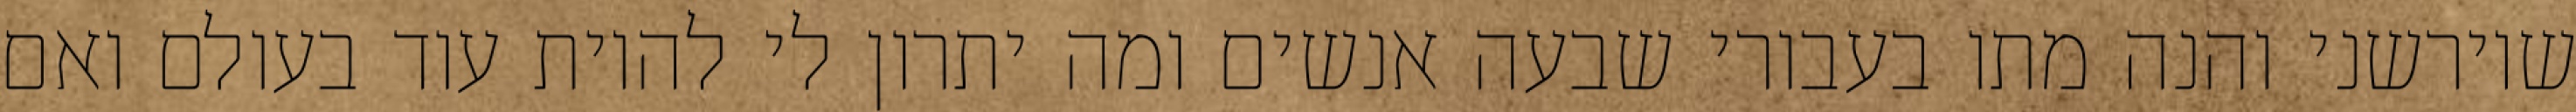
שיורשני והנה מתו בעבורי שבעה אנשים ומה יתרון לי להיות עוד בעולם ואם